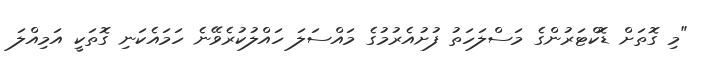
"މި ގޮތަށް ޑޮކްޓަރުންގެ މަސްލަހަތު ފުށުއެރުމުގެ މައްސަލަ ހައްލުކުރެވޭނެ ހަމައެކަނި ގޮތަކީ އަމިއްލަ